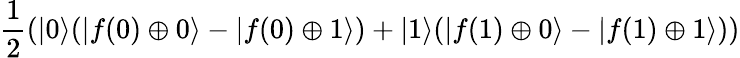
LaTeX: {\frac{1}{2}}(|0\rangle(|f(0)\oplus 0\rangle-|f(0)\oplus 1\rangle)+|1\rangle(|f(1)\oplus 0\rangle-|f(1)\oplus 1\rangle))